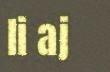
li aj